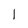
Character: 1